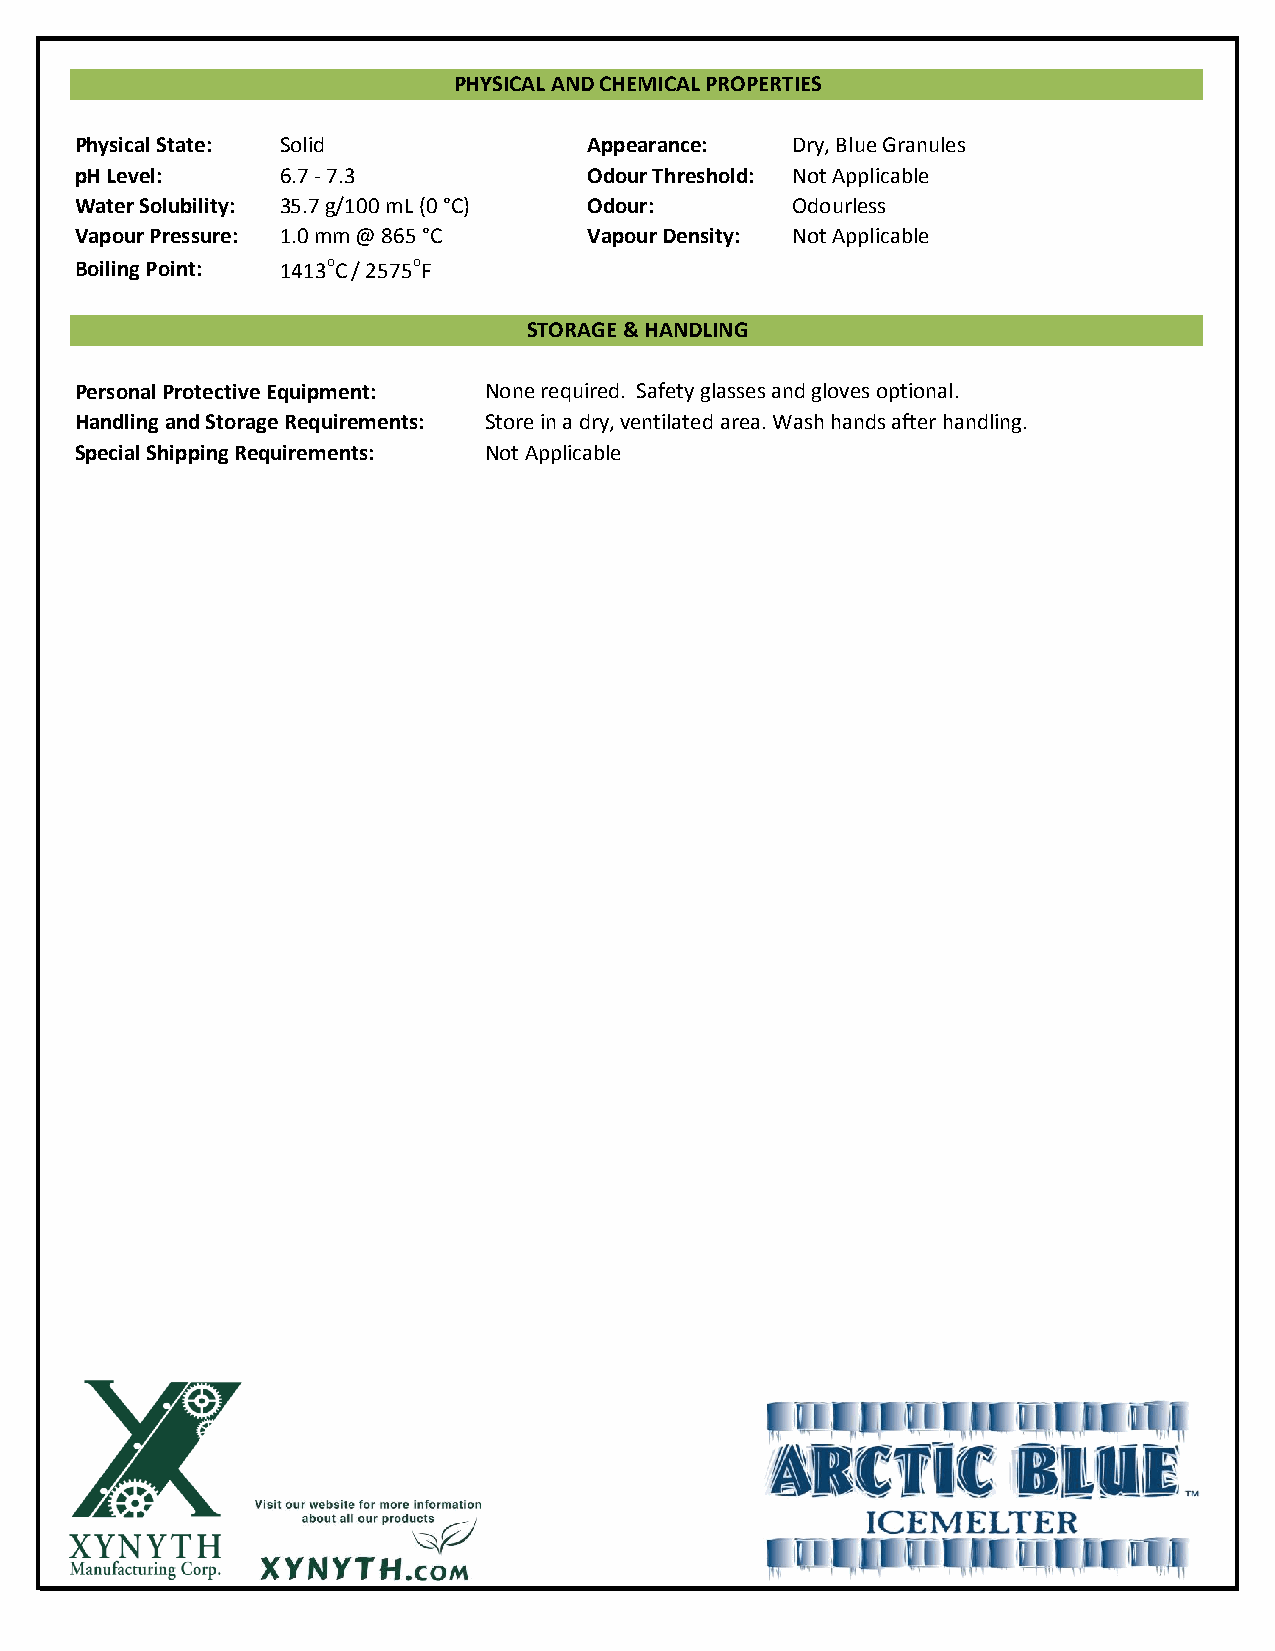
PHYSICAL AND CHEMICAL PROPERTIES
 Physical State: Solid             Appearance:  Dry, Blue Granules
 pH Level:     6.7 - 7.3           Odour Threshold: Not Applicable
 Water Solubility: 35.7 g/100 mL (0 °C) Odour:  Odourless
 Vapour Pressure: 1.0 mm @ 865 °C  Vapour Density: Not Applicable
 Boiling Point: 1413oC / 2575oF
 STORAGE & HANDLING
 Personal Protective Equipment: None required. Safety glasses and gloves optional.
 Handling and Storage Requirements: Store in a dry, ventilated area. Wash hands after handling.
 Special Shipping Requirements: Not Applicable